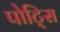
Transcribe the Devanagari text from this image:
पोट्सि